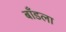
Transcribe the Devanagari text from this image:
बाँडला